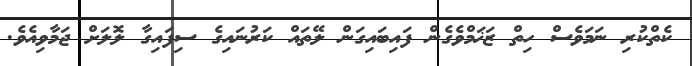
ކެތްކުރި ނަމަވެސް ހިތް ޒަޚަމްވެގެން ފައިބައިގަން ލޭތައް ކަރުނައިގެ ސިފައިގާ ލޮލަށް ޖަމާވިއެވެ.